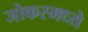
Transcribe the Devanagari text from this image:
जोकरमध्ये